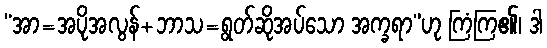
“အာ=အပိုအလွန်+ဘာသ=ရွတ်ဆိုအပ်သော အက္ခရာ”ဟု ကြံကြ၏၊ ဒါ